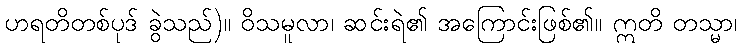
ဟရတိတစ်ပုဒ် ခွဲသည်)။ ဝိသမူလာ၊ ဆင်းရဲ၏ အကြောင်းဖြစ်၏။ ဣတိ တသ္မာ၊